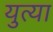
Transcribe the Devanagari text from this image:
युत्या